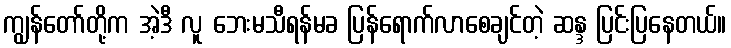
ကျွန်တော်တို့က အဲ့ဒီ လူ ဘေးမသီရန်မခ ပြန်ရောက်လာစေချင်တဲ့ ဆန္ဒ ပြင်းပြနေတယ်။